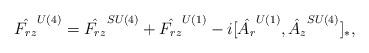
LaTeX: \begin{align*}\hat{F_{rz}}^{U(4)}=\hat{F_{rz}}^{SU(4)}+\hat{F_{rz}}^{U(1)}-i[\hat{A_r}^{U(1)},\hat{A_z}^{SU(4)}]_*,\end{align*}